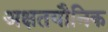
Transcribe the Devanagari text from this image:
अक्षतयौनिक